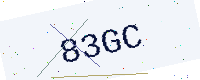
Text: 83GC